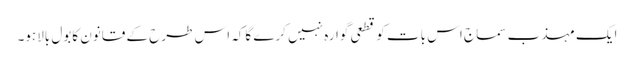
ایک مہذب سماج اس بات کوقطعی گوارہ نہیں کرے گاکہ اس طرح کے قانون کابول بالاہو۔